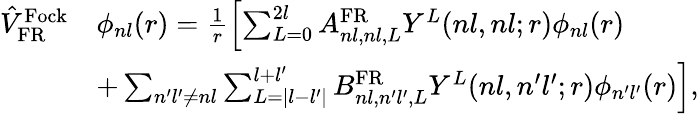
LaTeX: \begin{array}{rl}{\hat{V}_{\mathrm{FR}}^{\mathrm{Fock}}}&{\phi_{nl}(r)=\frac{1}{r}\left[\sum_{L=0}^{2l}A_{nl,nl,L}^{\mathrm{FR}}Y^{L}(nl,nl;r)\phi_{nl}(r)\right.}\\ &{\left.+\sum_{n^{\prime}l^{\prime}\neq nl}\sum_{L=|l-l^{\prime}|}^{l+l^{\prime}}B_{nl,n^{\prime}l^{\prime},L}^{\mathrm{FR}}Y^{L}(nl,n^{\prime}l^{\prime};r)\phi_{n^{\prime}l^{\prime}}(r)\right],}\end{array}